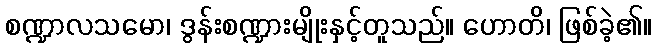
စဏ္ဍာလသမော၊ ဒွန်းစဏ္ဍားမျိုးနှင့်တူသည်။ ဟောတိ၊ ဖြစ်ခဲ့၏။